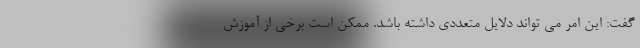
گفت: این امر می تواند دلایل متعددی داشته باشد. ممکن است برخی از آموزش